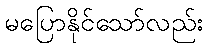
မပြောနိုင်သော်လည်း